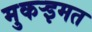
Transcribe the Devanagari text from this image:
मुकर्‍इमत